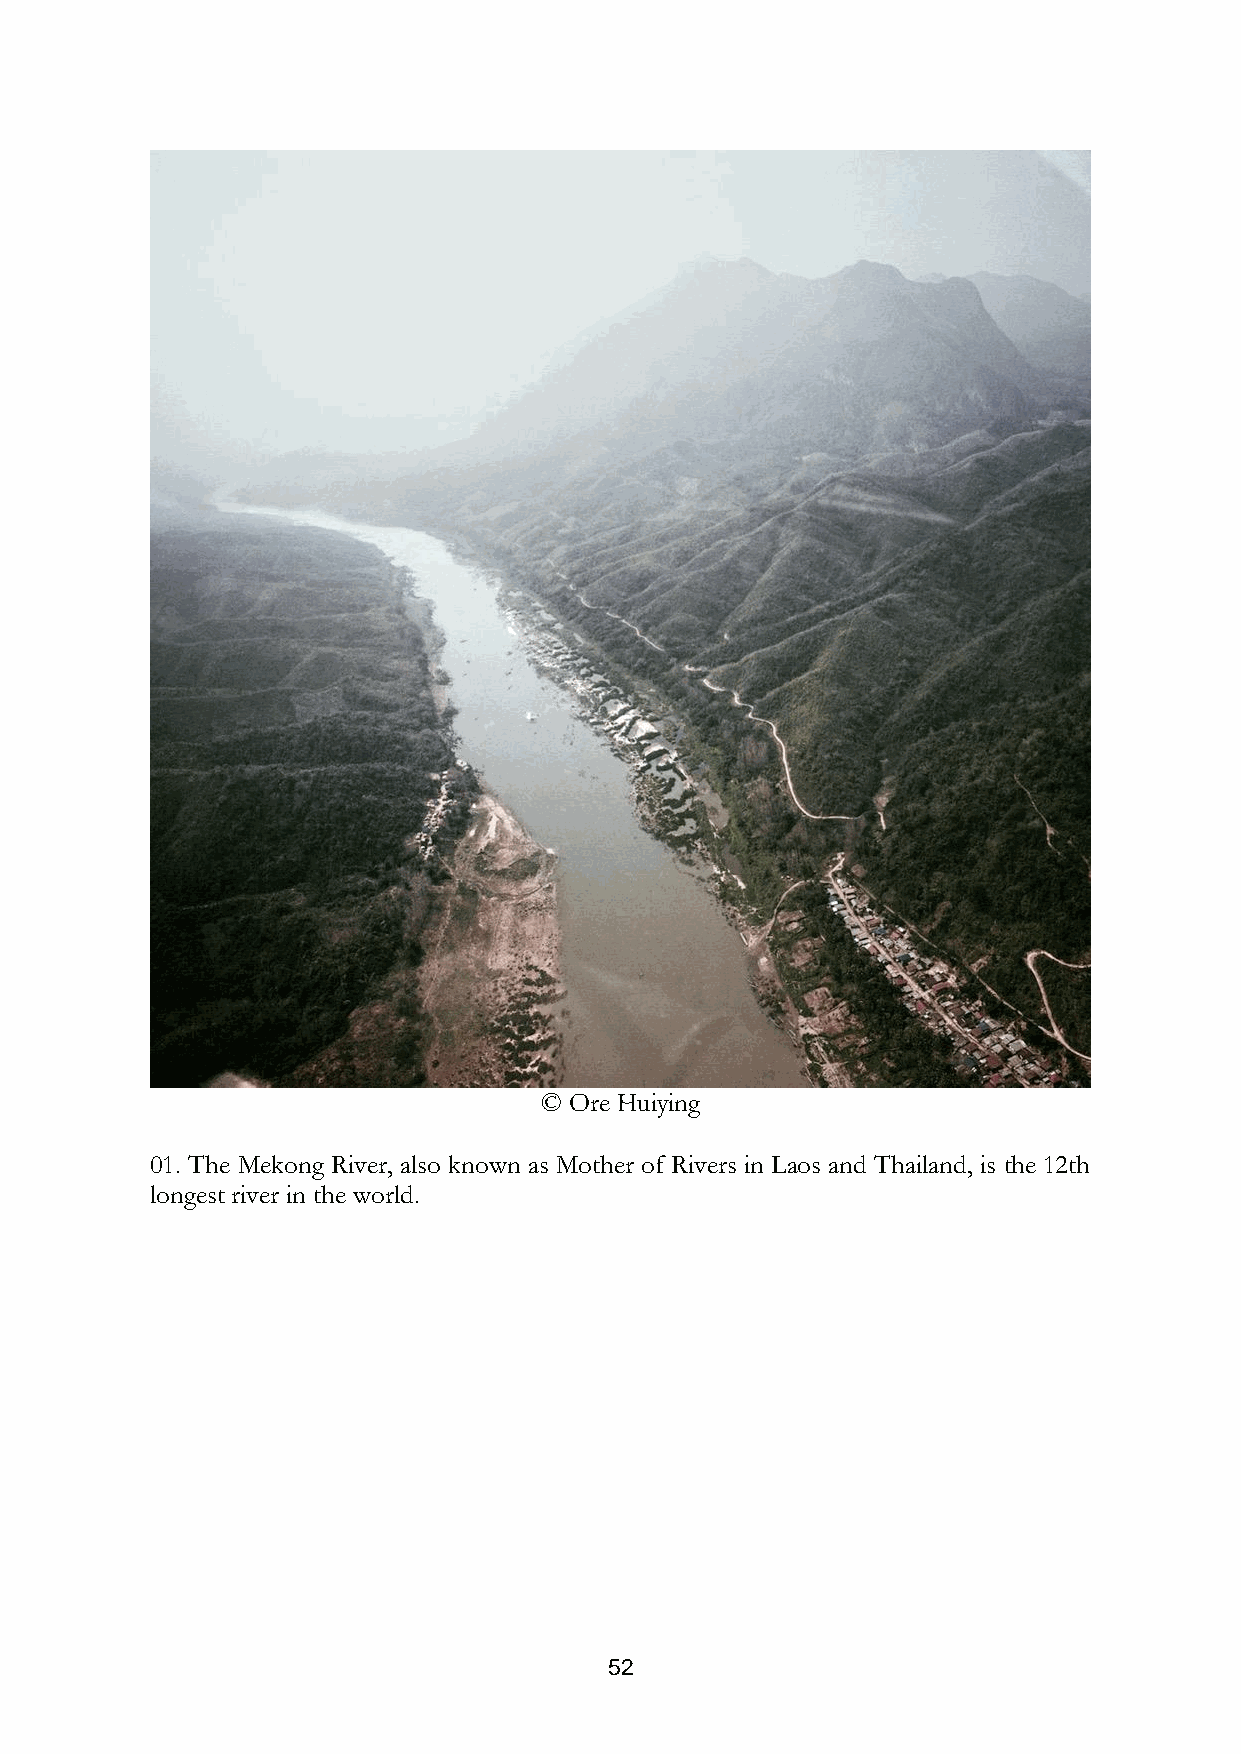
© Ore Huiying
 01. The Mekong River, also known as Mother of Rivers in Laos and Thailand, is the 12th
 longest river in the world.
 52